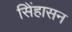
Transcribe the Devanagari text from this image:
सिेंहासन